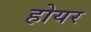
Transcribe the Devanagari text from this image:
होयर